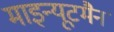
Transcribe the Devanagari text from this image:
माइन्यूटमैन